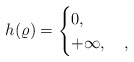
\begin{align*}h(\varrho)=\begin{cases}0,\quad&\\+\infty, &\,,\end{cases}\end{align*}